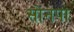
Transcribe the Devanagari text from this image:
सोनपा